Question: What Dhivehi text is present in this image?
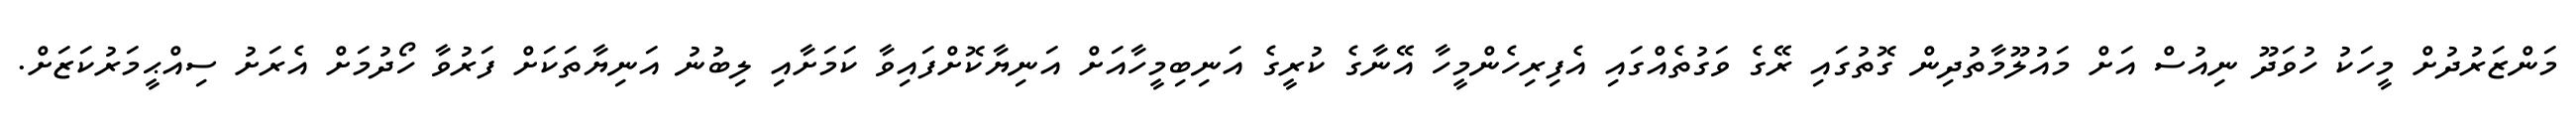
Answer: މަންޒަރުދުށް މީހަކު ހުވަދޫ ނިއުސް އަށް މައުލޫމާތުދިން ގޮތުގައި ރޭގެ ވަގުތެއްގައި އެފިރިހެންމީހާ އޭނާގެ ކުރީގެ އަނިބިމީހާއަށް އަނިޔާކޮށްފައިވާ ކަމަށާއި ލިބުނު އަނިޔާތަކަށް ފަރުވާ ހޯދުމަށް އެރަށު ސިއްޙީމަރުކަޒަށް.